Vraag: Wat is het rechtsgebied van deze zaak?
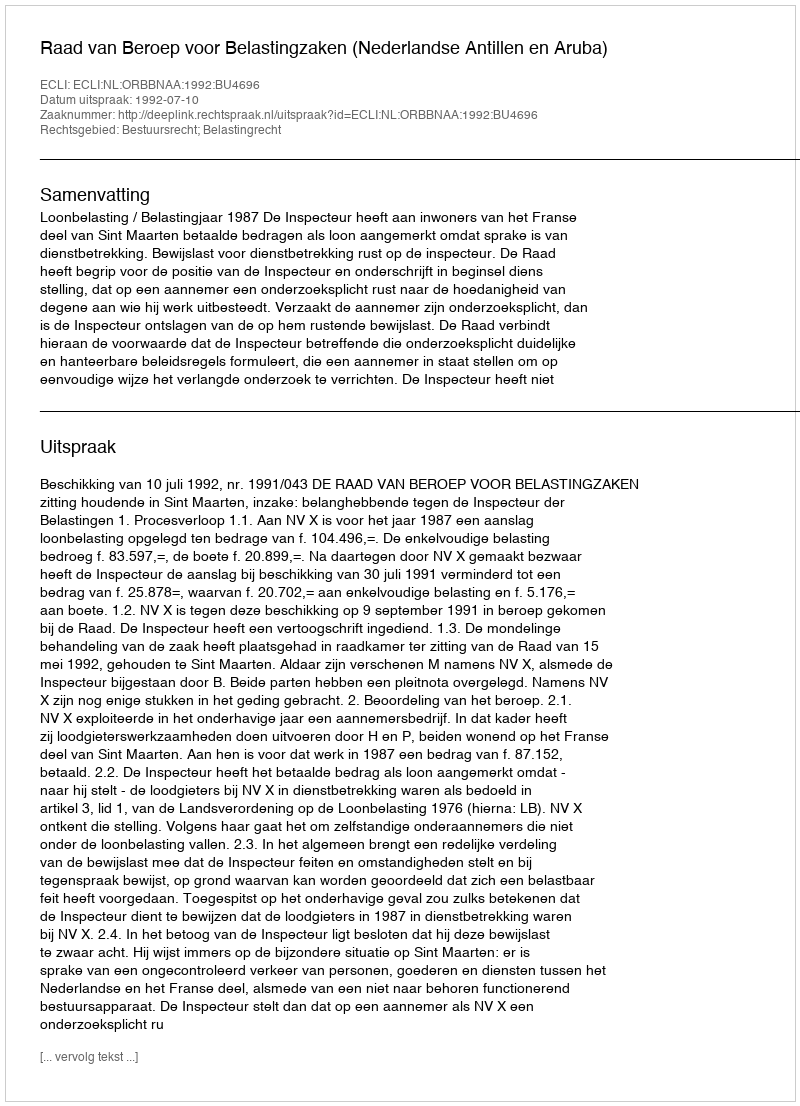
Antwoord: Bestuursrecht; Belastingrecht